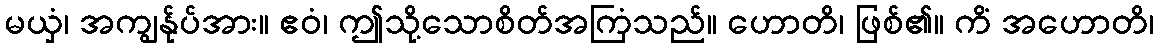
မယှံ၊ အကျွန်ုပ်အား။ ဧဝံ၊ ဤသို့သောစိတ်အကြံသည်။ ဟောတိ၊ ဖြစ်၏။ ကိံ အဟောတိ၊